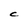
Character: C